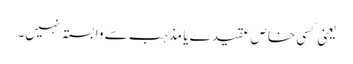
یعنی کسی خاص عقیدے یا مذہب سے وابستہ نہیں۔